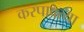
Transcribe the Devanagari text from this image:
करपावत्या